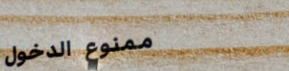
ممنوع الدخول